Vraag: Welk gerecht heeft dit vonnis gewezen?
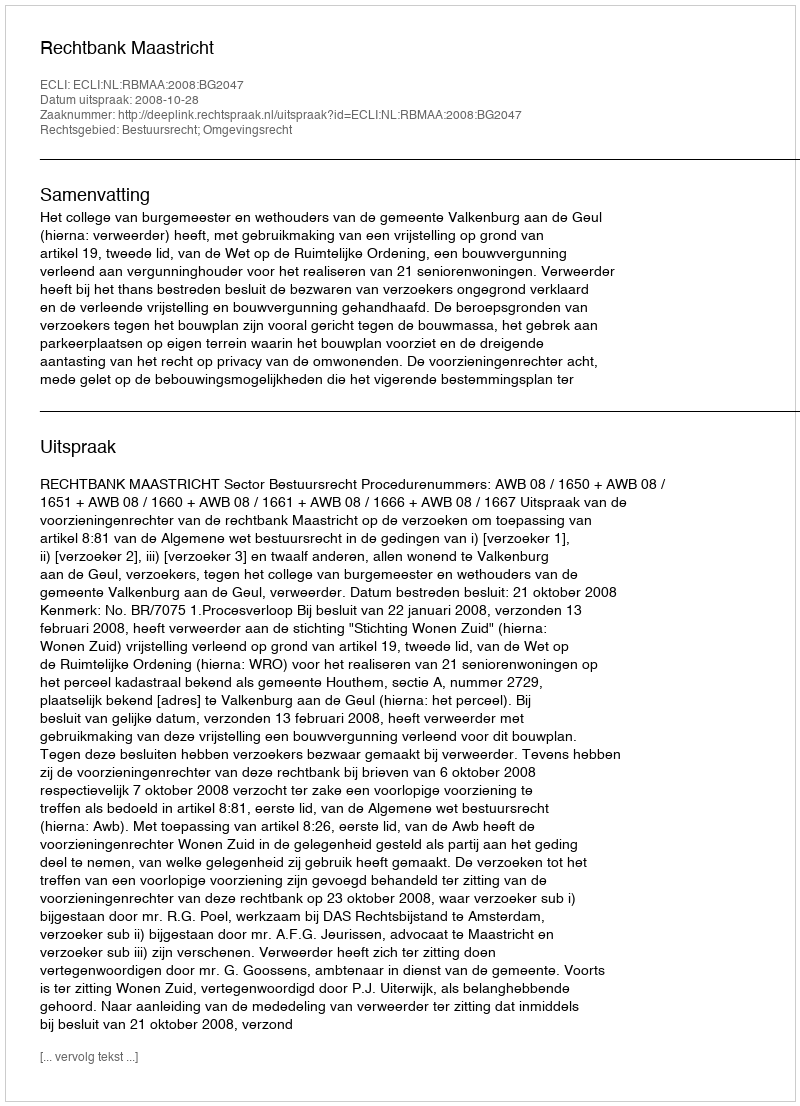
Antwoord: Rechtbank Maastricht